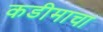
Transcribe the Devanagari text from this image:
कडीमाचा